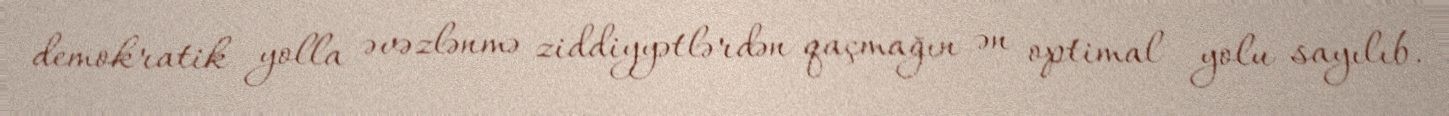
demokratik yolla əvəzlənmə ziddiyyətlərdən qaçmağın ən optimal yolu sayılıb.